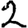
Digit: 2